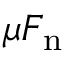
\mu F _ { \mathrm { n } }